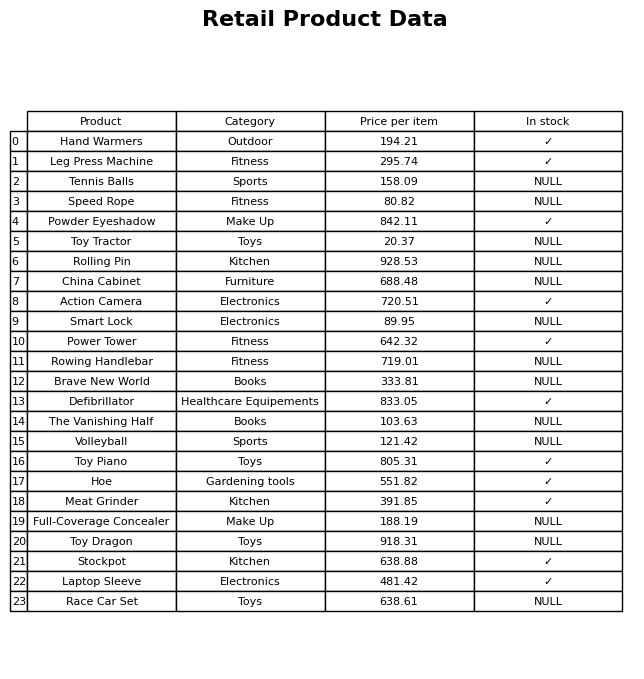
question: What is the price for Toy Dragon?
answer: The price of Toy Dragon is 918.31.